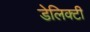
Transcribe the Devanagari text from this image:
डेलिक्टी